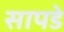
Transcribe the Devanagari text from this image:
सापडे